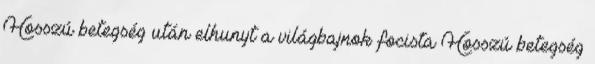
Hosszú betegség után elhunyt a világbajnok focista Hosszú betegség